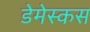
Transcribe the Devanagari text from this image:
डेमेस्कस